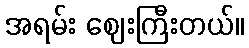
အရမ်း ဈေးကြီးတယ်။